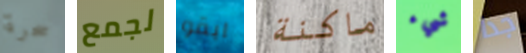
سحرة لجمع ابقو ماكنة شيء جدا